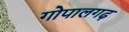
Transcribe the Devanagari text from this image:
गोपालगढ़